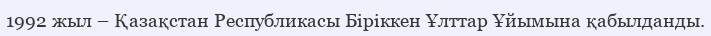
1992 жыл – Қазақстан Республикасы Біріккен Ұлттар Ұйымына қабылданды.